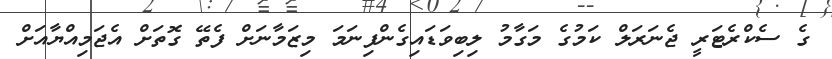
ގެ ސެކްރެޓަރީ ޖެނަރަލް ކަމުގެ މަގާމު ލިބިވަޑައިގެންފިނަމަ މިޒަމާނަށް ފެތޭ ގޮތަށް އެޖަމިއްޔާއަށް